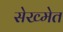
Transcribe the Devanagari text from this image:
सेख्मेत